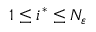
1 \leq i ^ { * } \leq N _ { \varepsilon }